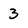
Character: 3